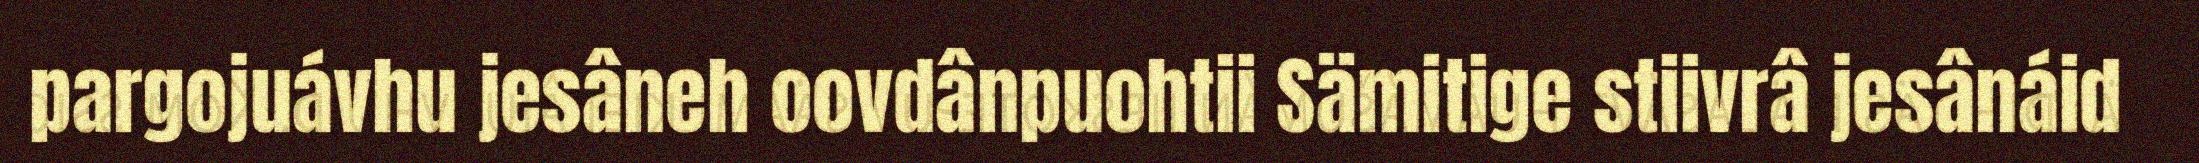
pargojuávhu jesâneh oovdânpuohtii Sämitige stiivrâ jesânáid